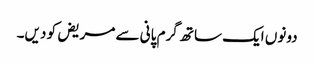
دونوں ایک ساتھ گرم پانی سے مریض کو دیں۔